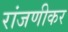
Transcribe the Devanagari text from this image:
रांजणीकर